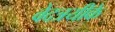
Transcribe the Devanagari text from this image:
वेदत्रयीके